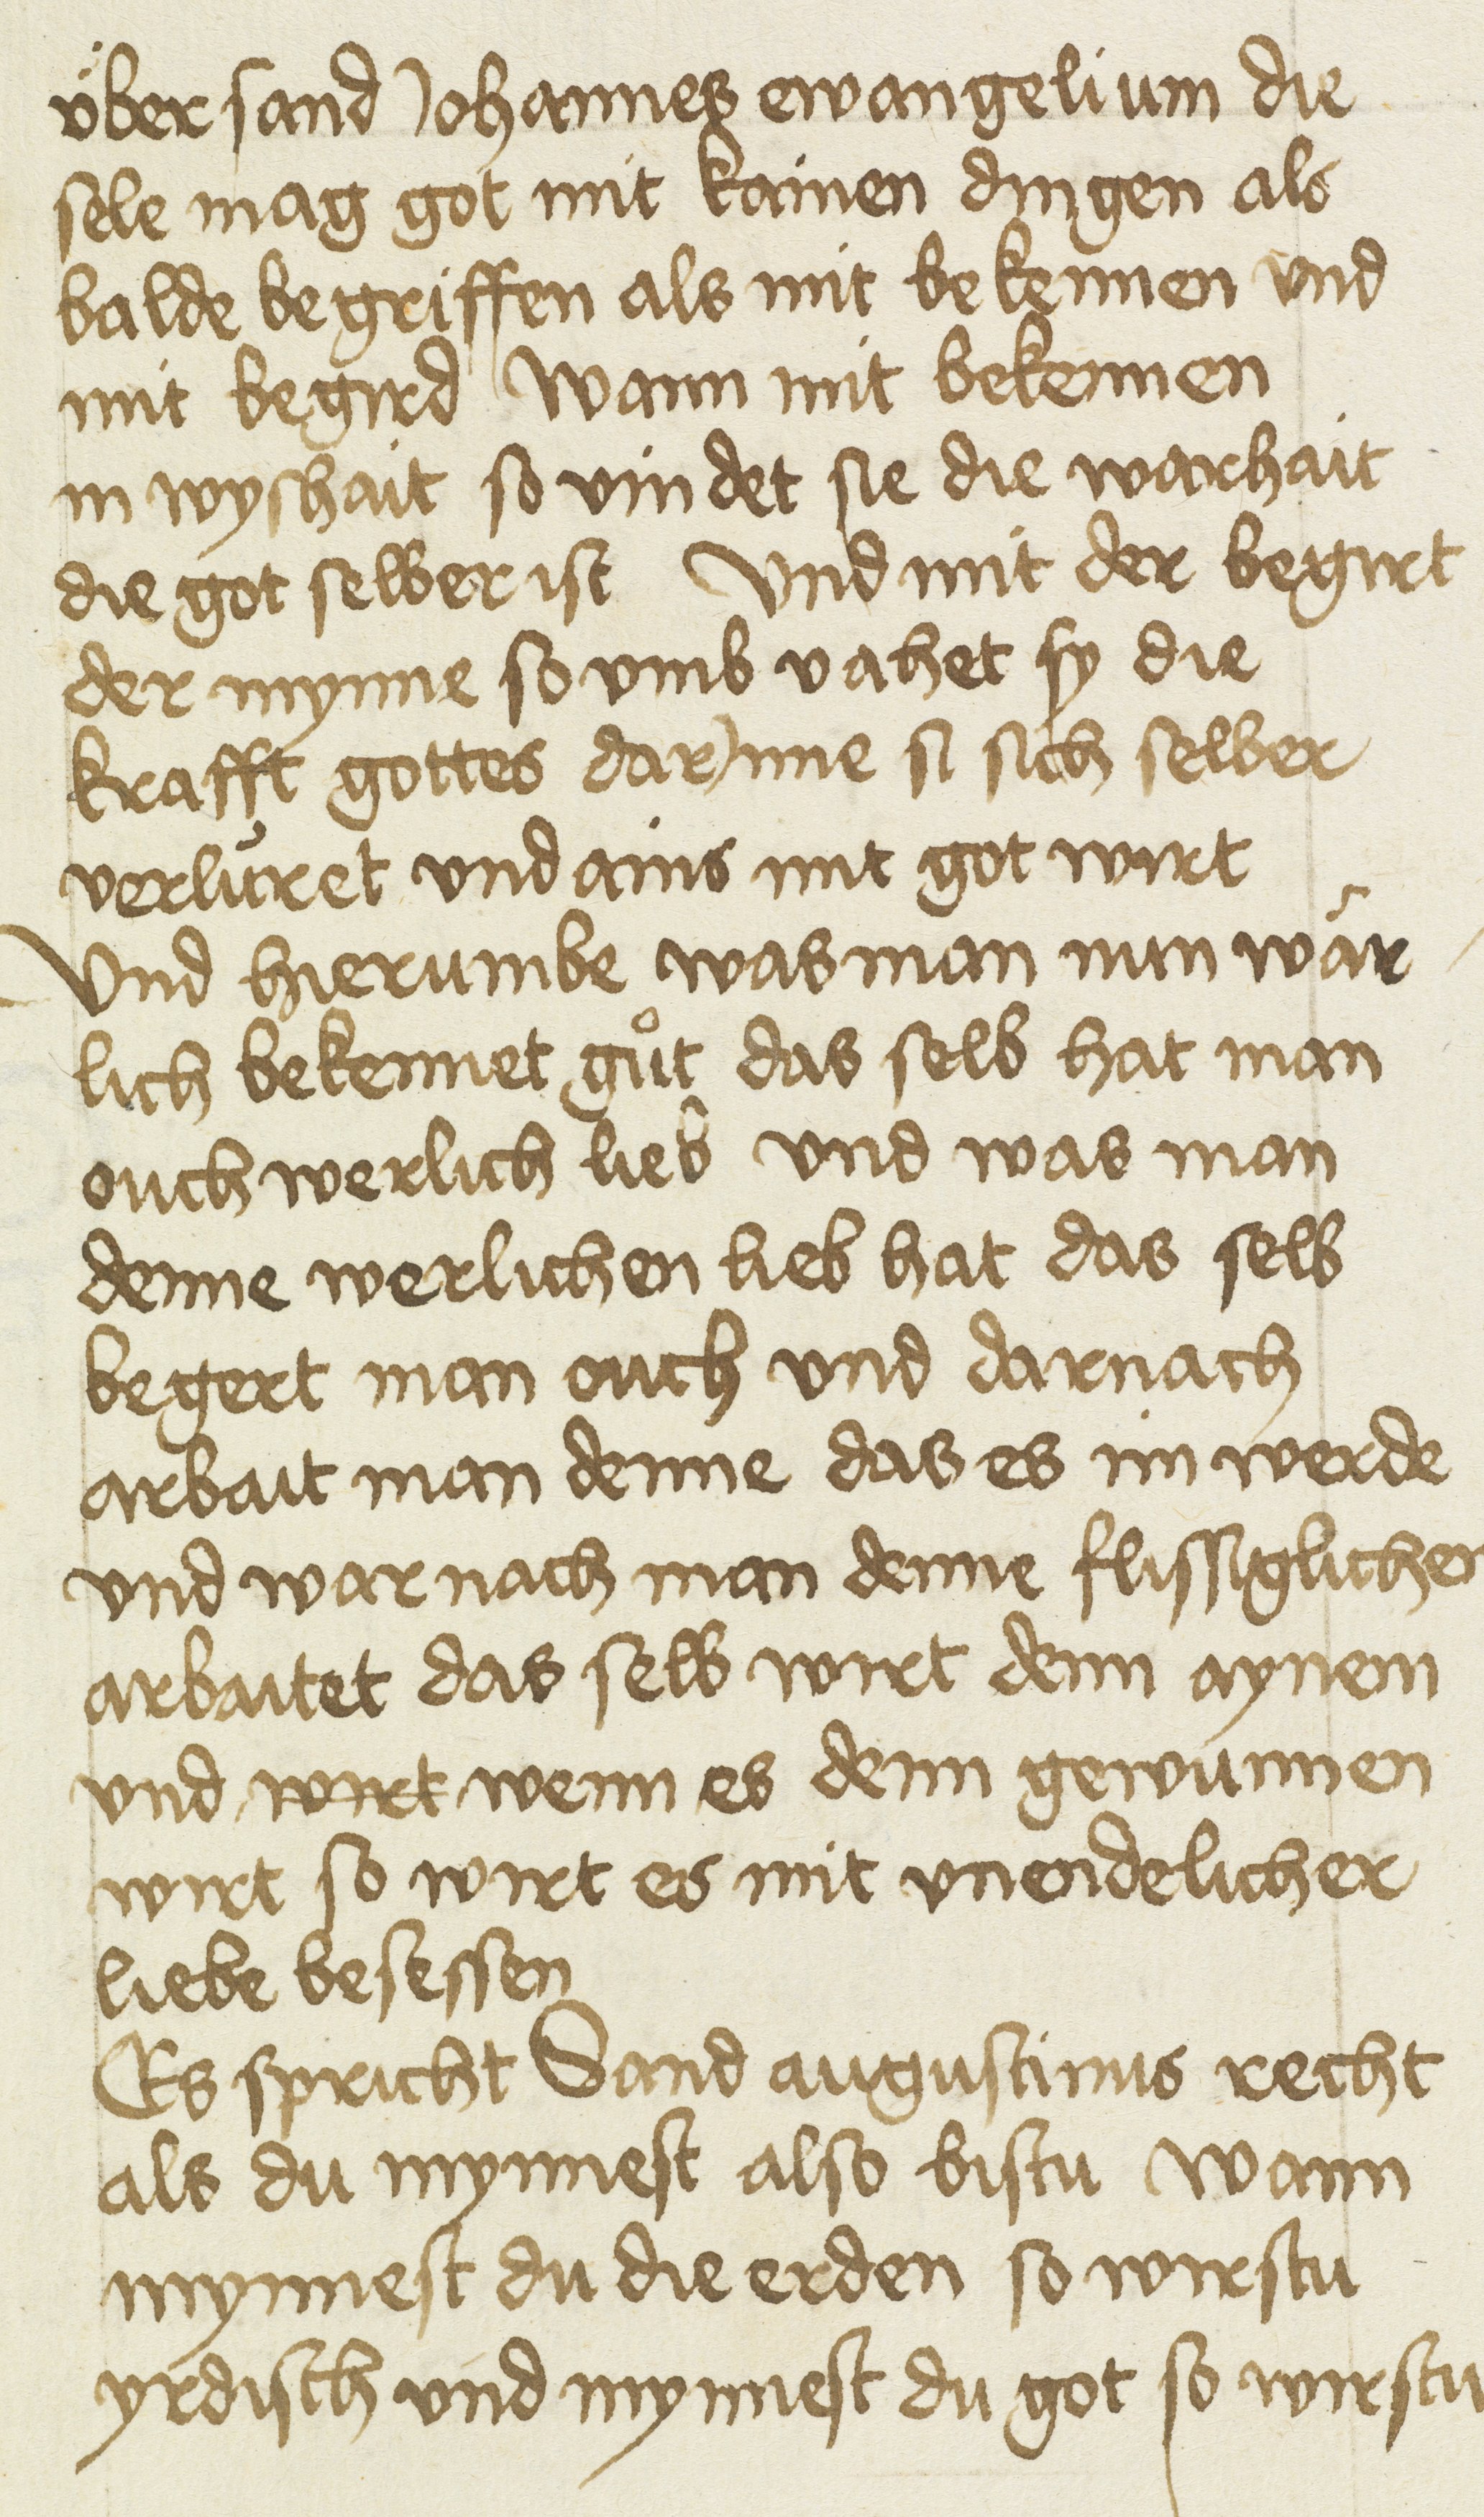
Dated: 1400–1499